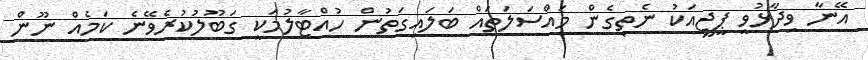
އޭނާ ވިދާޅުވީ ޕީޖީއަކު ނެތިގެން މައްސަލަތައް ބަލައިގަތުން ހުއްޓާލުމަކީ ގަބޫލުކުރެވޭނެ ކަމެއް ނޫން